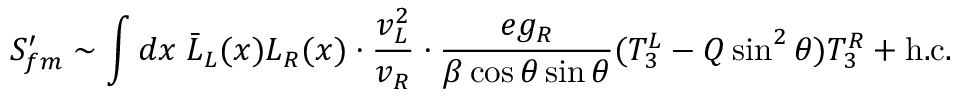
S _ { f m } ^ { \prime } \sim \int d x \; \bar { L } _ { L } ( x ) L _ { R } ( x ) \cdot \frac { v _ { L } ^ { 2 } } { v _ { R } } \cdot \frac { e g _ { R } } { \beta \cos \theta \sin \theta } ( T _ { 3 } ^ { L } - Q \sin ^ { 2 } \theta ) T _ { 3 } ^ { R } + \mathrm { h . c . }